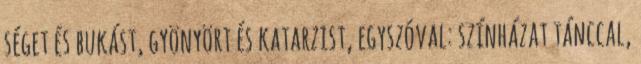
séget és bukást, gyönyört és katarzist, egyszóval: színházat tánccal,